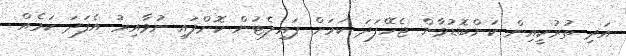
އަދި ތުރުކީއިން ކަންބޮޑުވާން ޖެހޭފަދަ ކަމަށް ޕައިލެޓުން ކޮށްފައި ނުވާއިރު އެފަދަ ކަމެއް